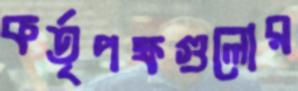
কর্তৃপক্ষগুলোর